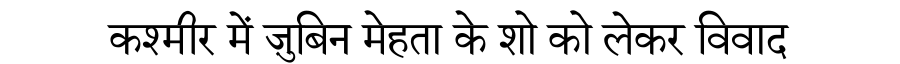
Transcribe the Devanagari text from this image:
कश्मीर में ज़ुबिन मेहता के शो को लेकर विवाद